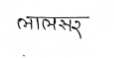
मजकूर: लालसर